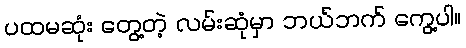
ပထမဆုံး တွေ့တဲ့ လမ်းဆုံမှာ ဘယ်ဘက် ကွေ့ပါ။